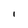
Character: l